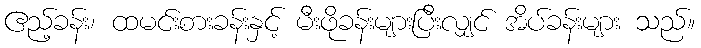
ဧည့်ခန်း၊ ထမင်းစားခန်းနှင့် မီးဖိုခန်းများပြီးလျှင် အိပ်ခန်းများ သည်။